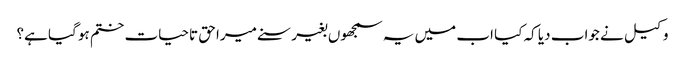
وکیل نے جواب دیا کہ کیا اب میں یہ سمجھوں بغیر سنے میرا حق تاحیات ختم ہو گیا ہے؟